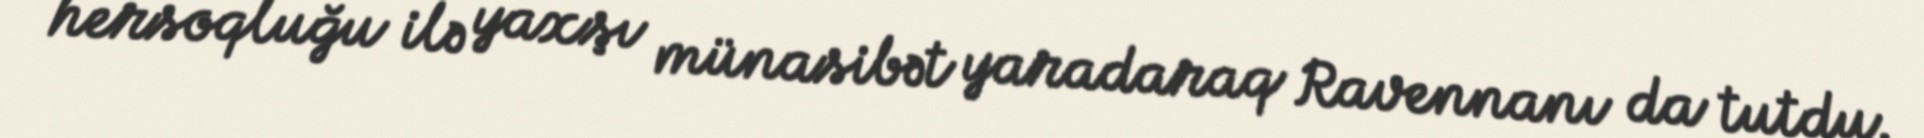
hersoqluğu ilə yaxşı münasibət yaradaraq Ravennanı da tutdu.